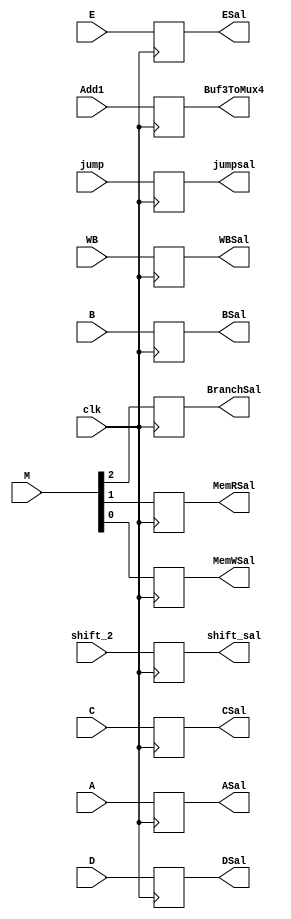
`timescale 1ns/1ns

module Buf3(
	input clk,
	input jump,
	input [31:0]shift_2,
	input [1:0]WB,
	input [2:0]M,
	input [31:0]A,
	input B,
	input [31:0]C,
	input [31:0]D,
	input [4:0]E,
	input [31:0]Add1,
	output reg [1:0]WBSal,
	output reg BranchSal,
	output reg [31:0]ASal,
	output reg BSal,
	output reg MemRSal,
	output reg MemWSal,
	output reg [31:0]CSal,
	output reg [31:0]DSal,
	output reg [4:0]ESal,
	output reg [31:0]Buf3ToMux4,
	output reg [31:0]shift_sal,
	output reg jumpsal
);

initial 
begin	
	WBSal = 2'd0;
	BSal = 1'd0;
	MemRSal = 1'd0;
	MemWSal = 1'b0;
	ASal = 32'd0;
	BSal = 1'd0;
	CSal = 32'd0;
	DSal = 32'd0;
	ESal = 5'd0;
	Buf3ToMux4 = 32'd0;
	shift_sal = 32'd0;
	jumpsal = 1'b0;
end

always @(posedge clk)                                                                                               
begin 
	WBSal = WB;
	BranchSal = M[2];
	MemRSal = M[1];
	MemWSal = M[0];
	ASal = A;
	BSal = B;
	CSal = C;
	DSal = D;
	ESal = E;
	Buf3ToMux4 = Add1;
	shift_sal = shift_2;
	jumpsal = jump;
end

endmodule